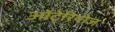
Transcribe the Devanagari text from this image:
ओंटेरियोज